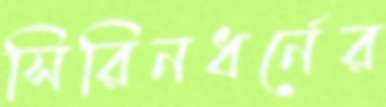
সিরিনধর্নের